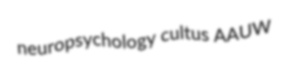
neuropsychology cultus AAUW